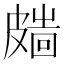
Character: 𥀑